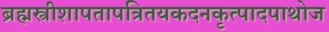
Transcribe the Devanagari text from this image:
ब्रह्मस्त्रीशापतापत्रितयकदनकृत्पादपाथोज